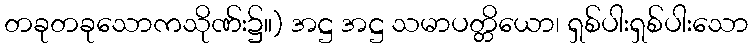
တခုတခုသောကသိုဏ်း၌။) အဋ္ဌ အဋ္ဌ သမာပတ္တိယော၊ ရှစ်ပါးရှစ်ပါးသော